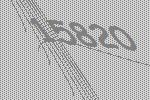
15820